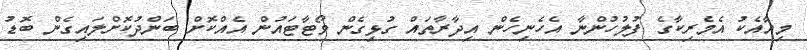
މިއާއެކު އެމެރިކާގެ ފުލުހުންނާ އެހެނިހެން އިދާރާތައް ގުޅިގެން ވޯޓާޓައުން އެއްކޮށް ބަންދުކޮށްލައިގެން ބޮޑު